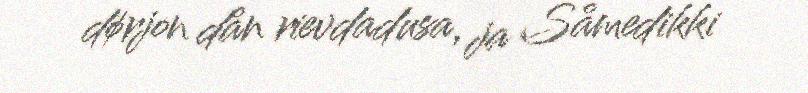
dørjon dån rievdadusa, ja Såmedikki